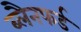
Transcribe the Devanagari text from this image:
ब्लैनफर्ड